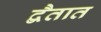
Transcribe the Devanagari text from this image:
द्वैतात